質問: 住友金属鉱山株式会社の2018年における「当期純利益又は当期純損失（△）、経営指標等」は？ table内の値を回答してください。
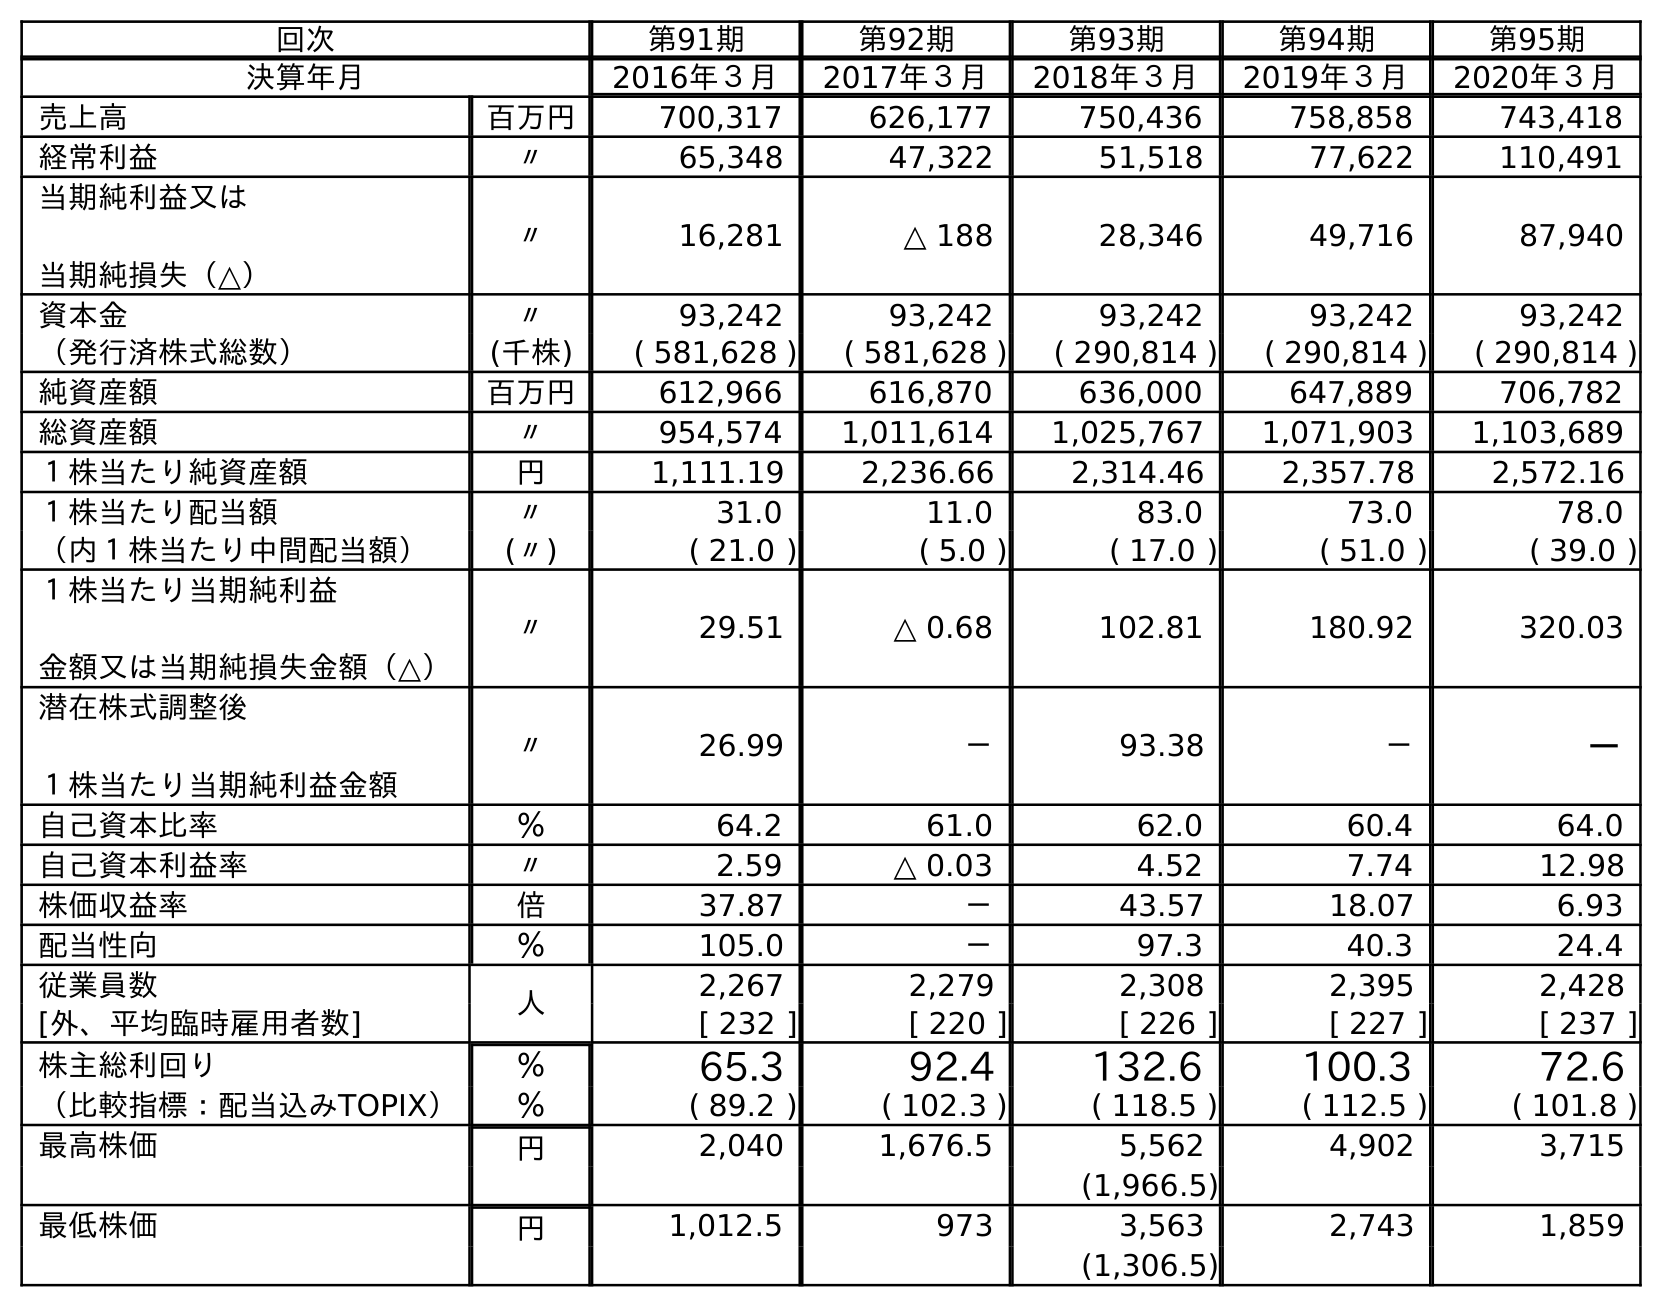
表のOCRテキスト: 回次 第91期 第92期 第93期 第94期 第95期 決算年月 2016年３月 2017年３月 2018年３月 2019年３月 2020年３月 売上高 百万円 700,317 626,177 750,436 758,858 743,418 経常利益 〃 65,348 47,322 51,518 77,622 110,491 当期純利益又は 当期純損失（△） 〃 16,281 △ 188 28,346 49,716 87,940 資本金 〃 93,242 93,242 93,242 93,242 93,242 （発行済株式総数） (千株) ( 581,628 ) ( 581,628 ) ( 290,814 ) ( 290,814 ) ( 290,814 ) 純資産額 百万円 612,966 616,870 636,000 647,889 706,782 総資産額 〃 954,574 1,011,614 1,025,767 1,071,903 1,103,689 １株当たり純資産額 円 1,111.19 2,236.66 2,314.46 2,357.78 2,572.16 １株当たり配当額 〃 31.0 11.0 83.0 73.0 78.0 （内１株当たり中間配当額） (〃) ( 21.0 ) ( 5.0 ) ( 17.0 ) ( 51.0 ) ( 39.0 ) １株当たり当期純利益 金額又は当期純損失金額（△） 〃 29.51 △ 0.68 102.81 180.92 320.03 潜在株式調整後 １株当たり当期純利益金額 〃 26.99 － 93.38 － － 自己資本比率 ％ 64.2 61.0 62.0 60.4 64.0 自己資本利益率 〃 2.59 △ 0.03 4.52 7.74 12.98 株価収益率 倍 37.87 － 43.57 18.07 6.93 配当性向 ％ 105.0 － 97.3 40.3 24.4 従業員数 人 2,267 2,279 2,308 2,395 2,428 [外、平均臨時雇用者数] [ 232 ] [ 220 ] [ 226 ] [ 227 ] [ 237 ] 株主総利回り ％ 65.3 92.4 132.6 100.3 72.6 （比較指標：配当込みTOPIX） ％ ( 89.2 ) ( 102.3 ) ( 118.5 ) ( 112.5 ) ( 101.8 ) 最高株価 円 2,040 1,676.5 5,562 4,902 3,715 (1,966.5) 最低株価 円 1,012.5 973 3,563 2,743 1,859 (1,306.5)
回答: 28,346